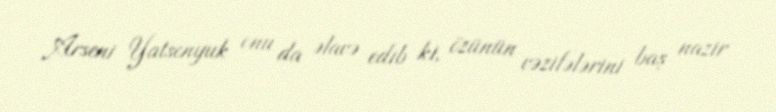
Arseni Yatsenyuk onu da əlavə edib ki, özünün vəzifələrini baş nazir